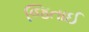
જિતાઈ